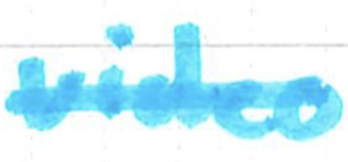
Text: video
Cross-out: single-line
Writing tool: marker